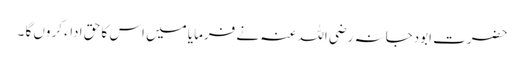
حضرت ابودجانہ رضی اللہ عنہ نے فرمایا میں اس کا حق اداء کروں گا ۔